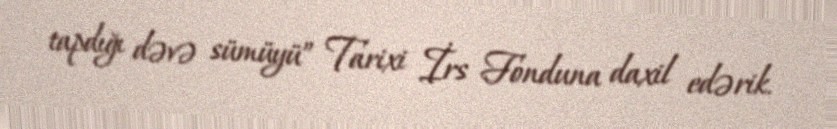
tapdığı dəvə sümüyü” Tarixi İrs Fonduna daxil edərik.